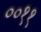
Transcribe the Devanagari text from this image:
००११